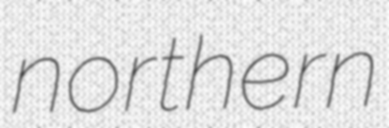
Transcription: northern